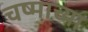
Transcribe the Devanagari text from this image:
चष्माच्या